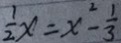
\frac { 1 } { 2 } x = x ^ { 2 } - \frac { 1 } { 3 }